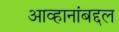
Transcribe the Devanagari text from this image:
आव्हानांबद्दल